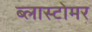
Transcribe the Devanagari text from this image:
ब्लास्टोमर